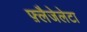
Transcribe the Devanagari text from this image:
फ़्लैजेलेटा